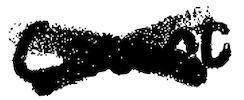
Text: court
Cross-out: cross
Writing tool: digital_black